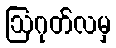
ဩဂုတ်လမှ